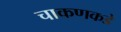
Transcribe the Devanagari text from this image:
चाकणकडे